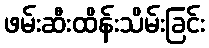
ဖမ်းဆီးထိန်းသိမ်းခြင်း